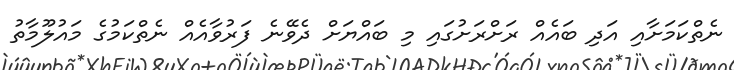
ނެތްކަމަށާއި އަދި ބައެއް ރަށްރަށުގައި މި ބައްޔަށް ދެވޭނެ ފަރުވާއެއް ނެތްކަމުގެ މައުލޫމާތު